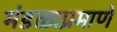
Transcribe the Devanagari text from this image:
मंडळाप्रमाणे